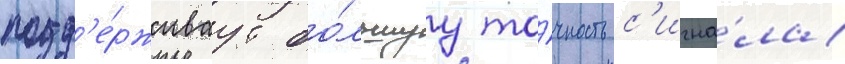
подд'е́рживаут бо́льшуу то́чность с'игна́ла